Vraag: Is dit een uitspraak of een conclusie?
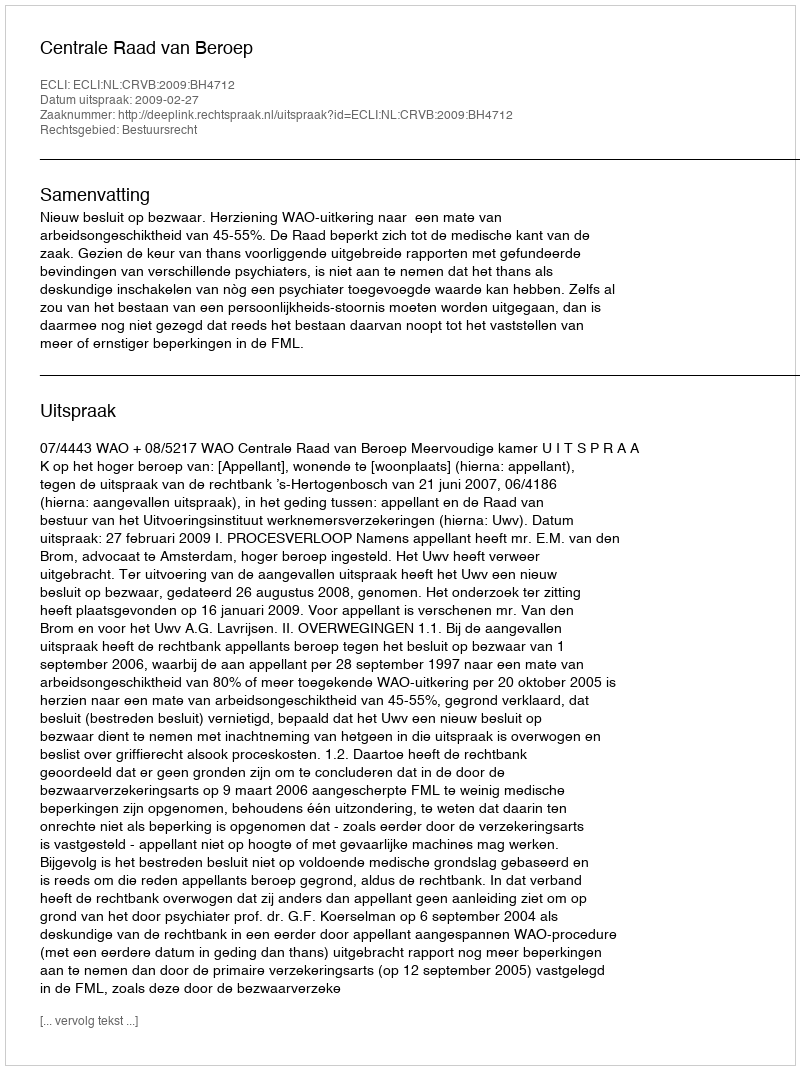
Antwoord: Uitspraak